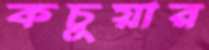
কচুয়ার